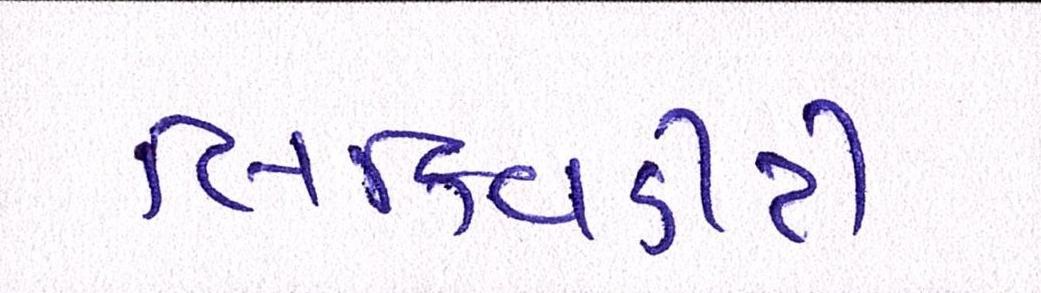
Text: લિક્વિડીટી